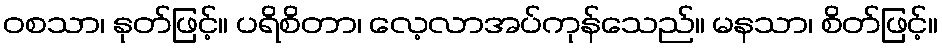
ဝစသာ၊ နုတ်ဖြင့်။ ပရိစိတာ၊ လေ့လာအပ်ကုန်သေည်။ မနသာ၊ စိတ်ဖြင့်။